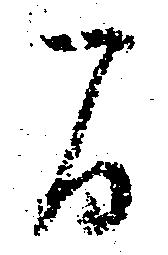
間